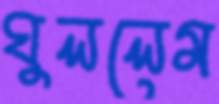
ঘুললেম